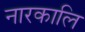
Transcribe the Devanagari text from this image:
नारकालि